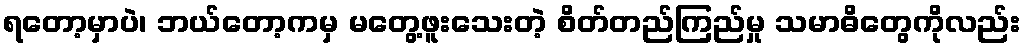
ရတော့မှာပဲ၊ ဘယ်တော့ကမှ မတွေ့ဖူးသေးတဲ့ စိတ်တည်ကြည်မှု သမာဓိတွေကိုလည်း